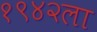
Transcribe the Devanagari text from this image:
१९४२ला